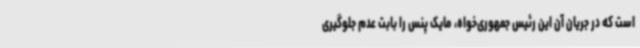
است که در جریان آن این رئیس جمهوری‌خواه، مایک پنس را بابت عدم جلوگیری